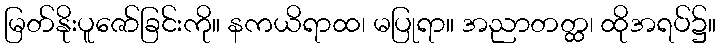
မြတ်နိုးပူဇော်ခြင်းကို။ နကယိရာထ၊ မပြုရာ။ အညာတတ္ထ၊ ထိုအရပ်၌။